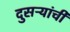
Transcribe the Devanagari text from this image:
दुसऱ्यांची